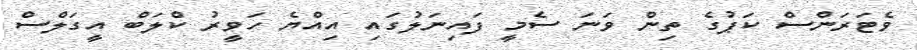
ވެޓަރަންސް ކަޕުގެ ތިން ވަނަ ސެމީ ފައިނަލުގައި އިއްޔެ ހަވީރު ކްލަބް އީގަލްސް